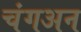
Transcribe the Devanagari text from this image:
चंगअन